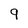
Character: 9